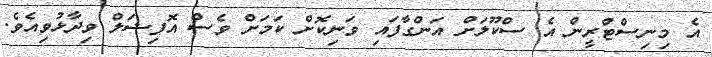
އެ މިނިސްޓްރީން އެ ސްކޫލަށް އަންގާފައި ވަނިކޮށް ކަމަށް ވެސް އޮފިޝަލް ވިދާޅުވިއެވެ.